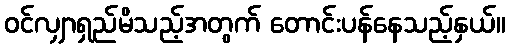
ဝင်လျှာရှည်မိသည့်အတွက် တောင်းပန်နေသည့်နှယ်။